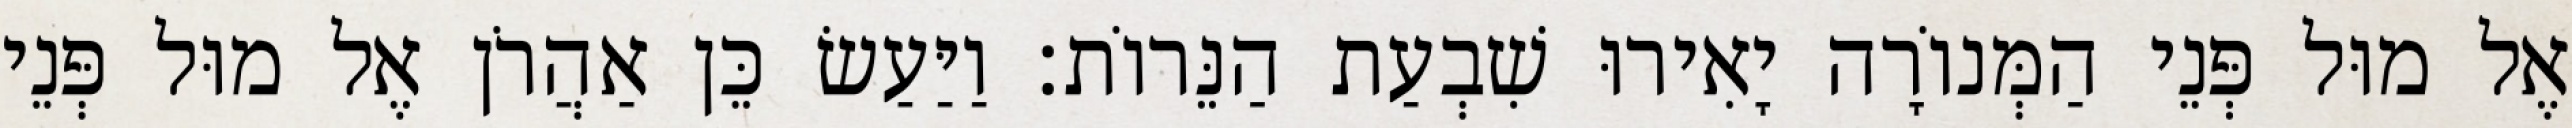
אֶל מוּל פְּנֵי הַמְּנוֹרָה יָאִירוּ שִׁבְעַת הַנֵּרוֹת׃ וַיַּעַשׂ כֵּן אַהֲרֹן אֶל מוּל פְּנֵי